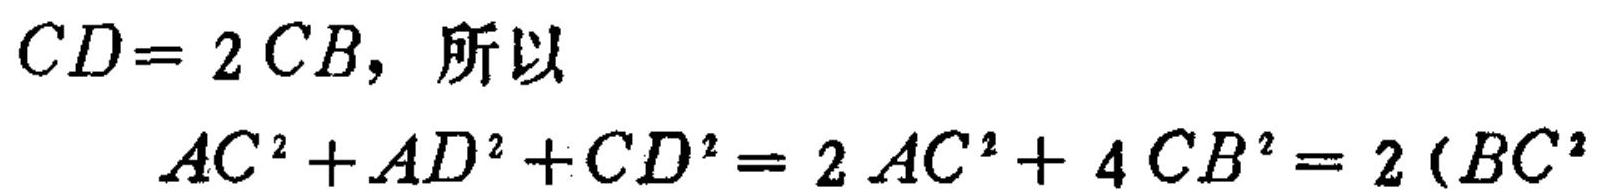
\(CD = 2CB\)，所以
\[
AC^{2}+AD^{2}+CD^{2}=2AC^{2}+4CB^{2}=2(BC^{2}
\]